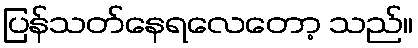
ပြန်သတ်နေရလေတော့ သည်။